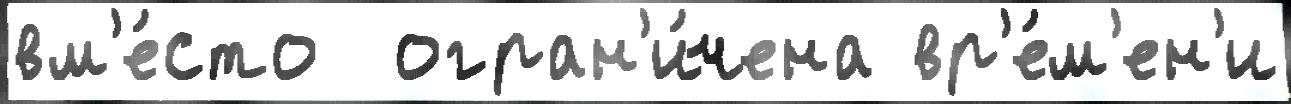
вм'е́сто  огран'и́чена вр'е́м'ен'и